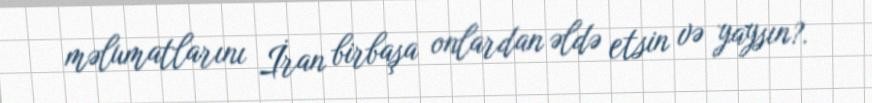
məlumatlarını İran birbaşa onlardan əldə etsin və yaysın?.